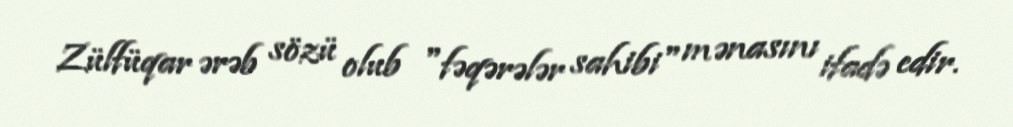
Zülfüqar ərəb sözü olub "fəqərələr sahibi" mənasını ifadə edir.